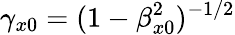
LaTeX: {\gamma_{x0}=(1-\beta_{x0}^{2})^{-1/2}}